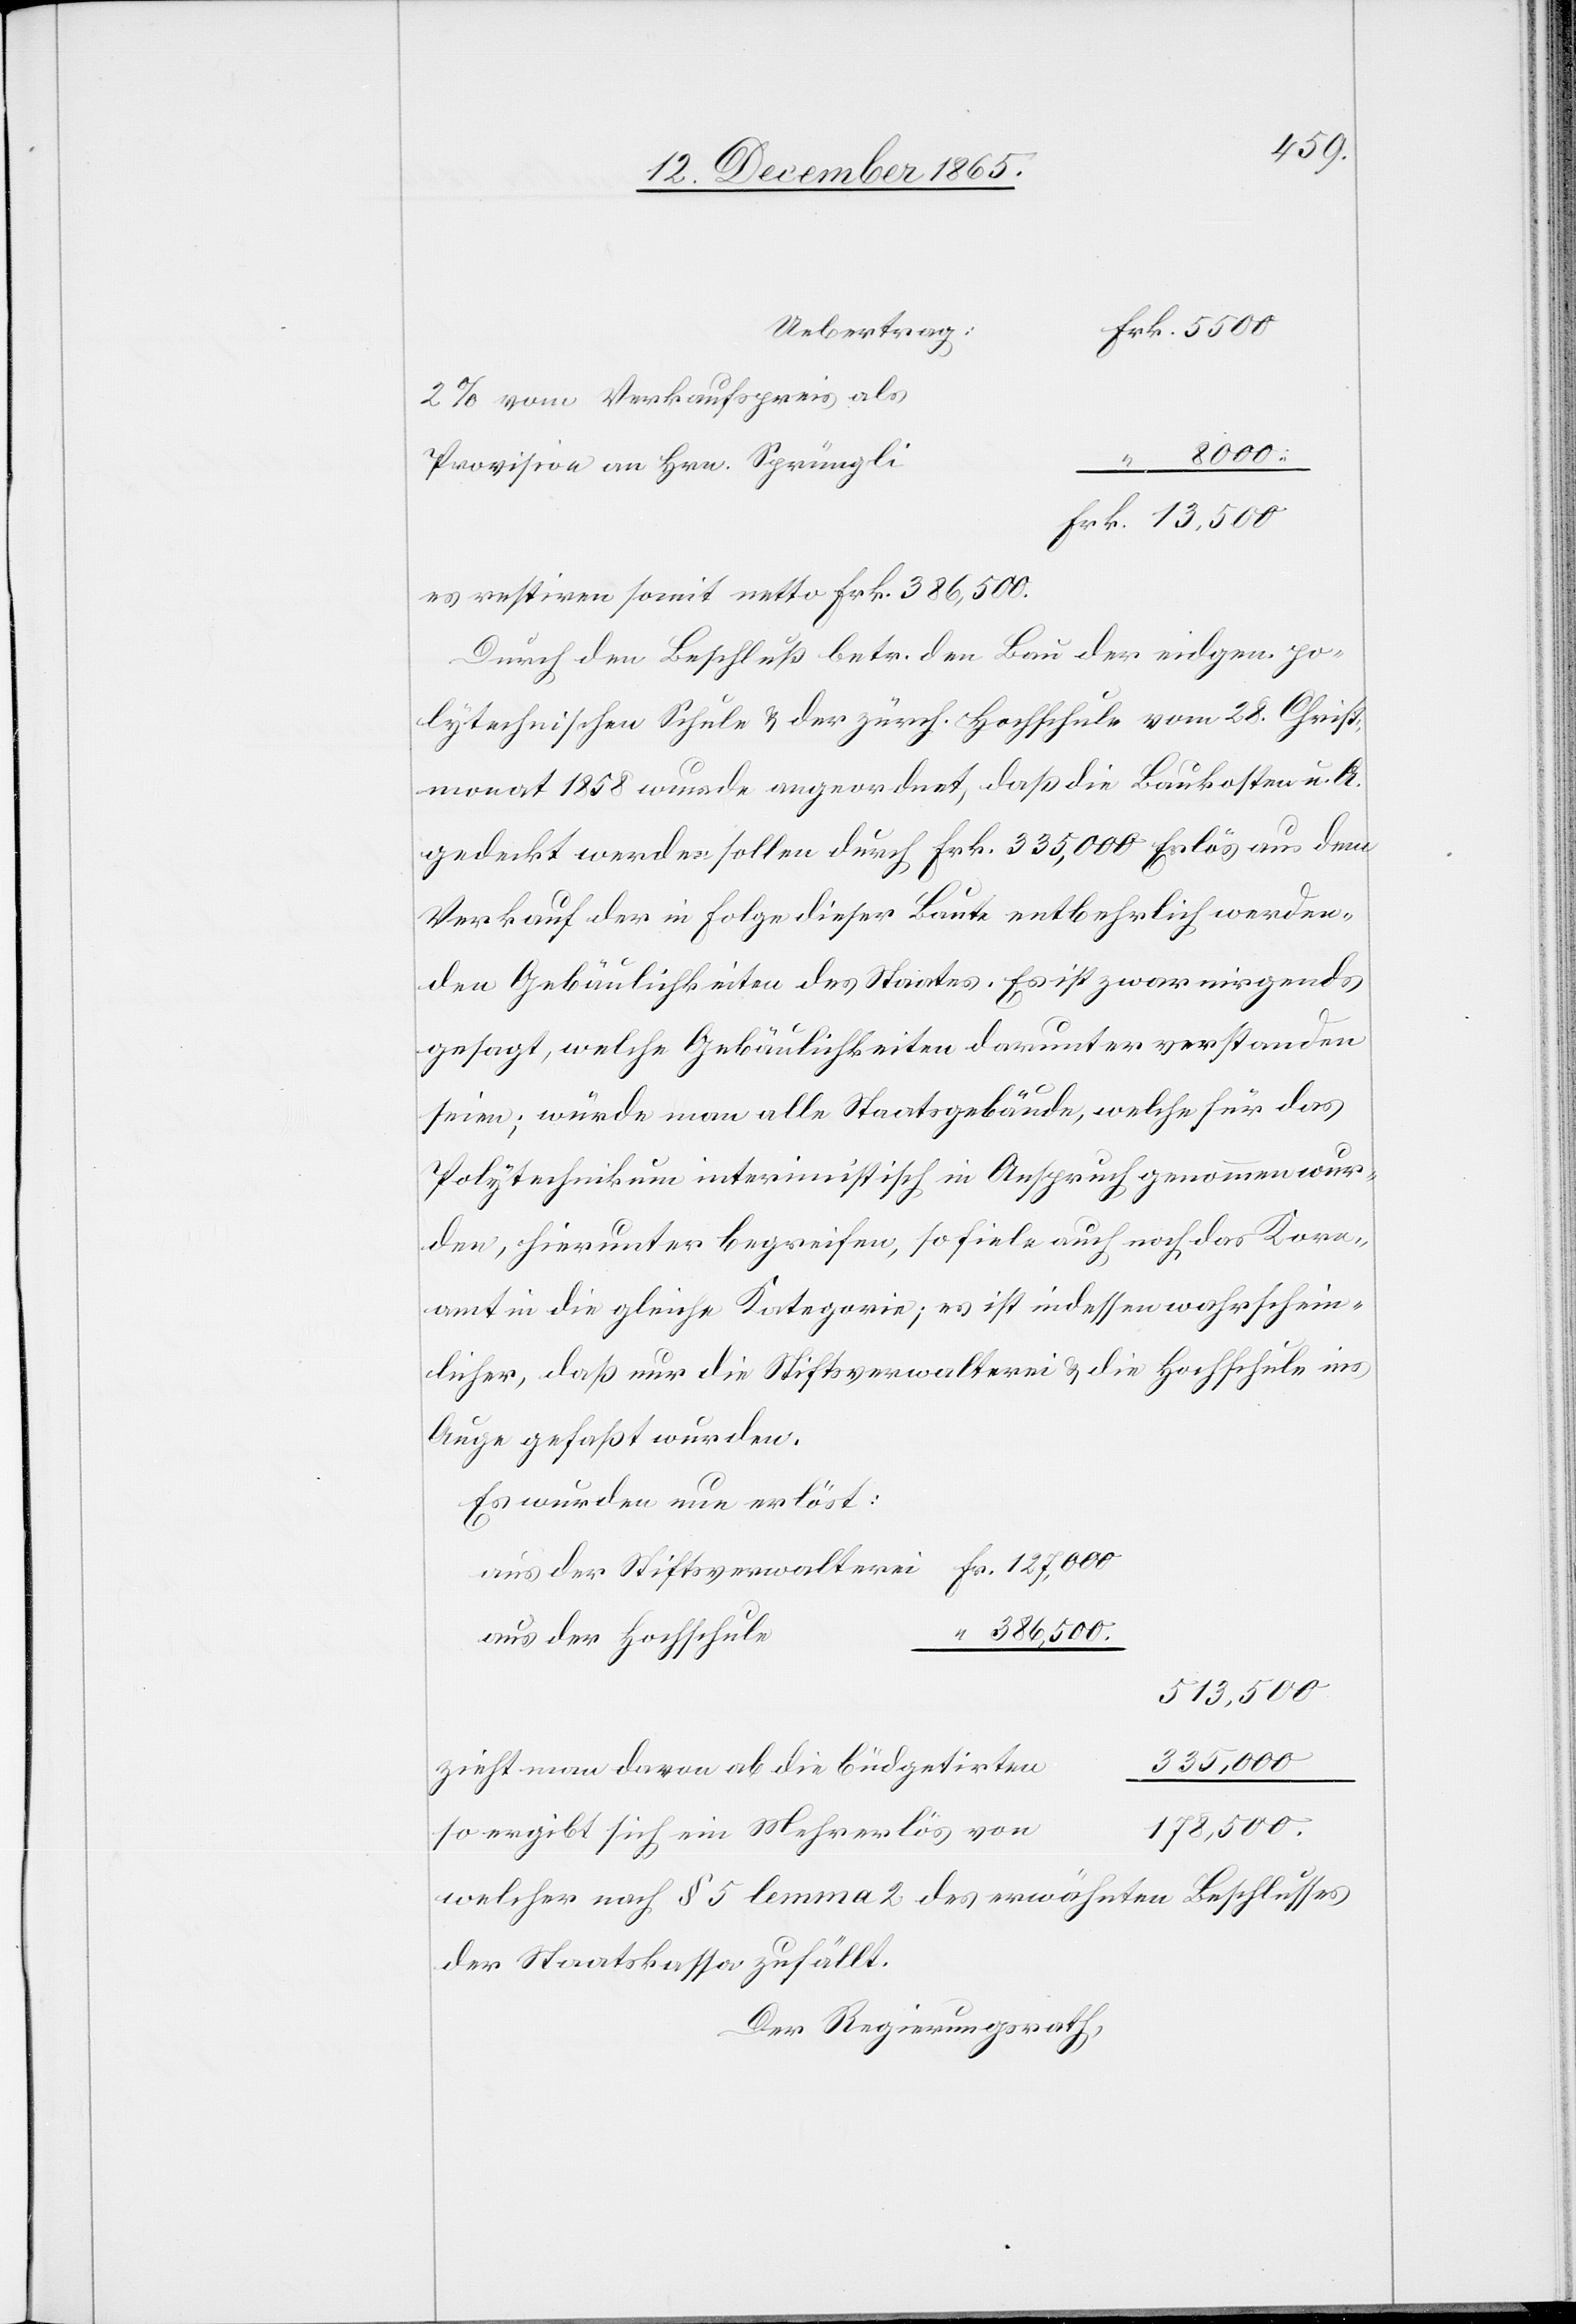
5500
Uebertrag:
2% vom Verkaufspreis als
8000
Provision an Hrn. Sprüngli
es restiren somit netto Frk. 386,500.
Durch den Beschluß betr. den Bau der eidgen. po¬
lytechnischen Schule & der zürch. Hochschule vom 28. Christ¬
monat 1858 wurde angeordnet, daß die Baukosten u. A.
gedeckt werden sollen durch Frk. 335,000 Erlös aus dem
Verkauf der in Folge dieser Baute entbehrlich werden¬
den Gebäulichkeiten des Staates. Es ist zwar nirgends
gesagt, welche Gebäulichkeiten darunter verstanden
seien; würde man alle Staatsgebäude, welche für das
Polytechnikum interimistisch in Anspruch genommen wur¬
den, hierunter bepreisen, so fiele auch noch das Korn¬
amt in die gleiche Kategorie; es ist indessen wahrschein¬
licher, daß nur die Stiftsverwalterei & die Hochschule ins
Auge gefaßt wurden.
Es wurde nun erlöst:
386,500
aus der Hochschule
513,000
335,000
zieht man davon ab die büdgetirten
178,000.
so ergibt sich ein Mehrerlös von
welcher nach § 5 lemma 2 des erwähnten Beschlusses
der Staatskassa zufällt.
Der Regierungsrath,